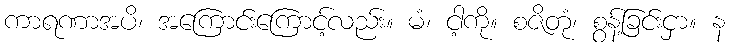
ကာရဏာအပိ၊ အကြောင်းကြောင့်လည်း။ မံ၊ ငါ့ကို။ စဇိတုံ၊ စွန့်ခြင်းငှာ။ န